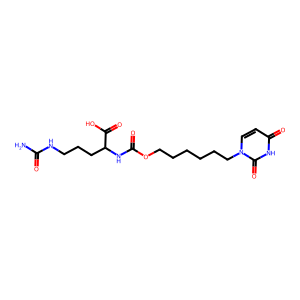
SMILES: NC(=O)NCCCC(NC(=O)OCCCCCCn1ccc(=O)[nH]c1=O)C(=O)O
Inhibits HIV replication: No